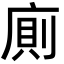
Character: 廁